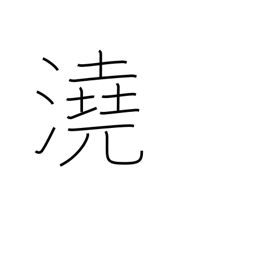
Meaning: shallow